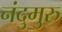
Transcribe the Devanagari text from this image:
नंदुमुरु